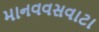
માનવવસવાટા